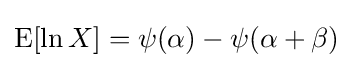
\operatorname {E} [\ln X]=\psi (\alpha )-\psi (\alpha +\beta )